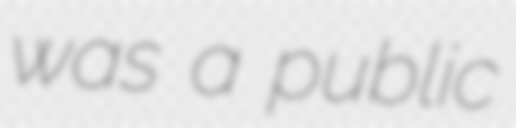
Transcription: was a public